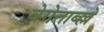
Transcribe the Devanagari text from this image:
वेगेताब्ल्ले